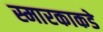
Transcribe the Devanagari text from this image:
स्मारकाकडे